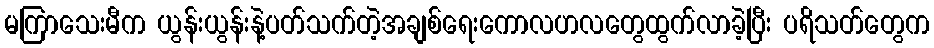
မကြာသေးမီက ယွန်းယွန်းနဲ့ပတ်သက်တဲ့အချစ်ရေးကောလဟလတွေထွက်လာခဲ့ပြီး ပရိသတ်တွေက